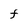
Character: F